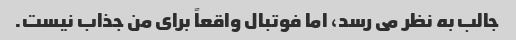
جالب به نظر می رسد، اما فوتبال واقعاً برای من جذاب نیست.